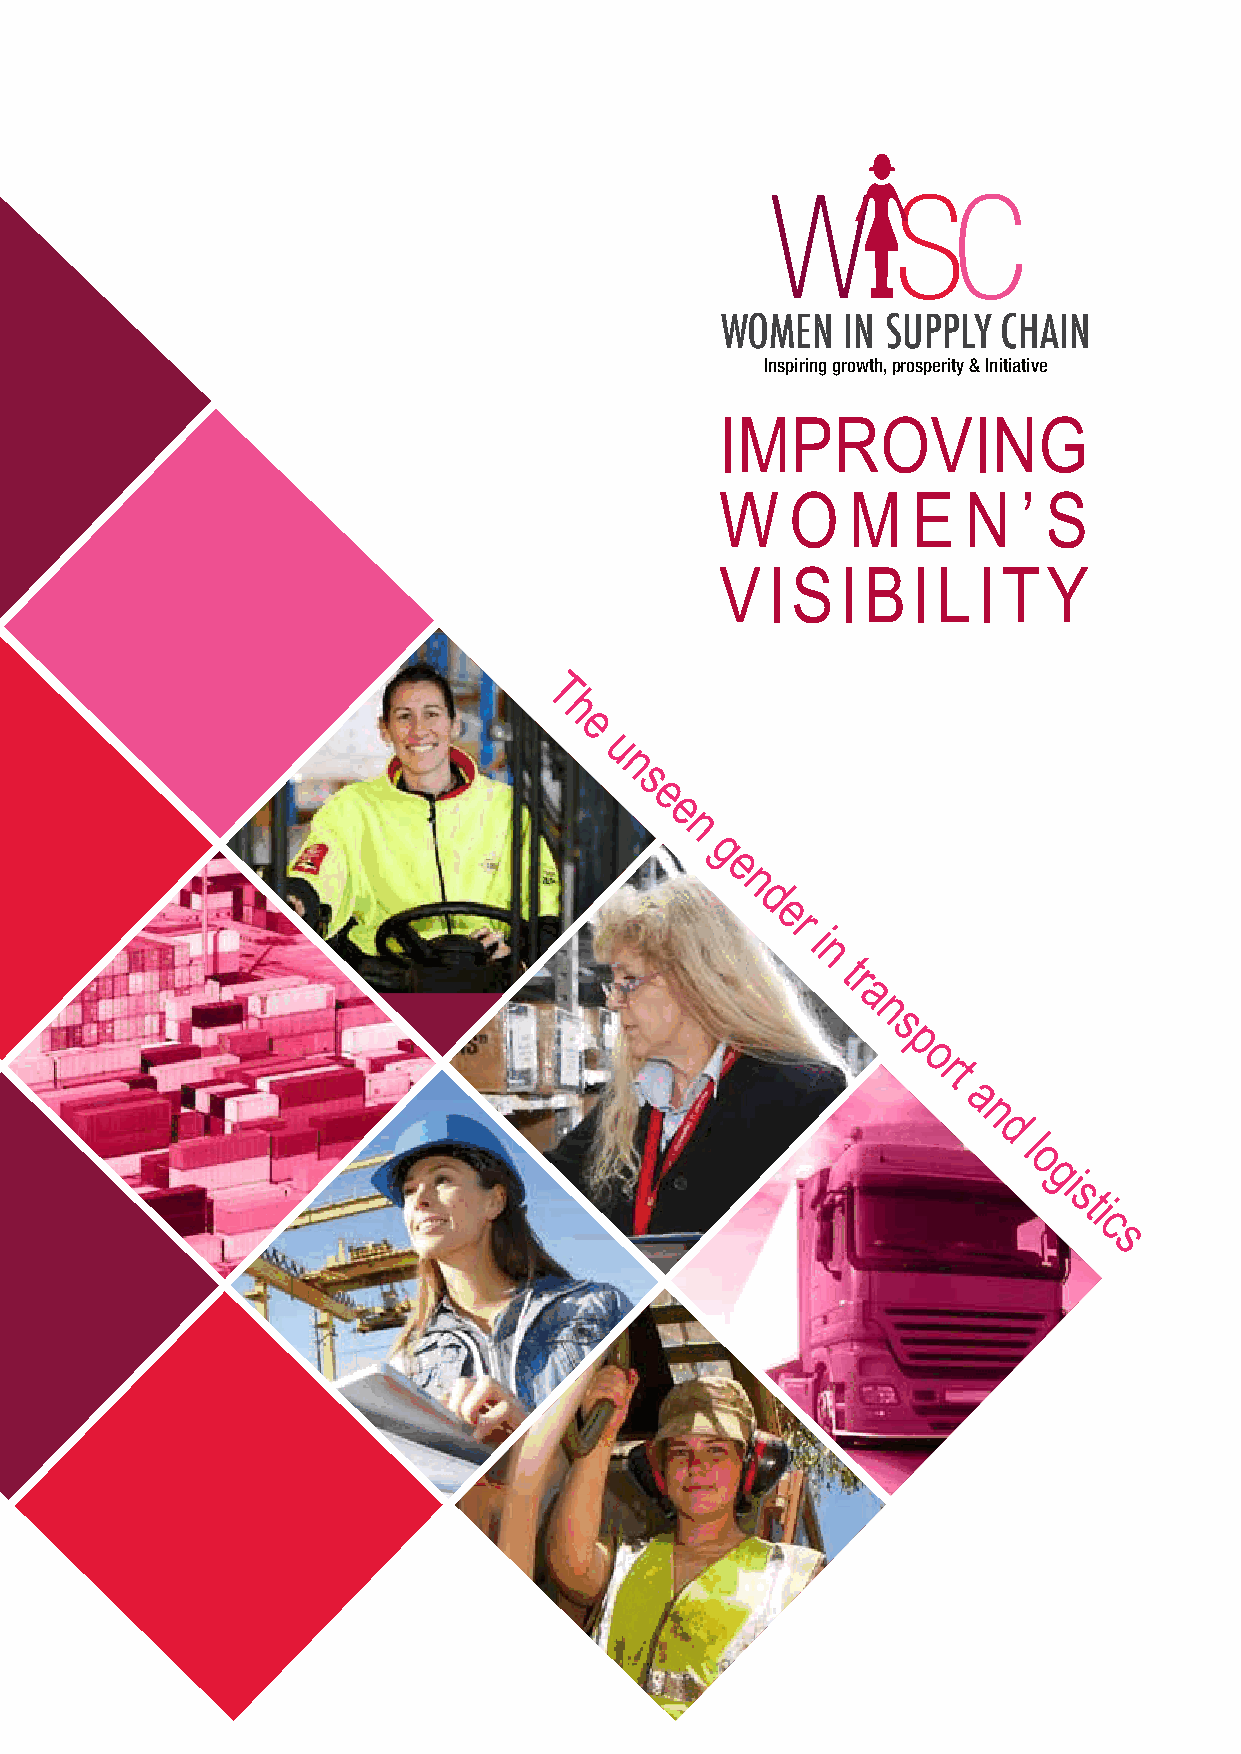
WISC
 WOMEN   IN SUPPLY CHAIN
 Inspiring growth, prosperity & Initiative
 IMPROVING
 W   O   M   E   N   ’ S
 V  I S  I B I L  I T Y
 T
 h
 e
 u
 n
 s
 e
 e
 n
 g
 e
 n
 d
 e
 r
 i
 n
 t
 r
 a
 n
 s
 p
 o
 r
 t
 a
 n
 d
 l
 o
 g
 i
 s
 t
 i
 c
 s